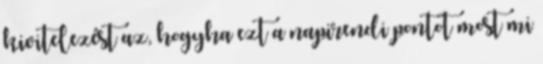
kivitelezést az, hogyha ezt a napirendi pontot most mi